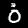
Digit: 0